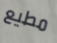
مطيع